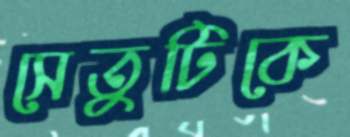
সেতুটিকে